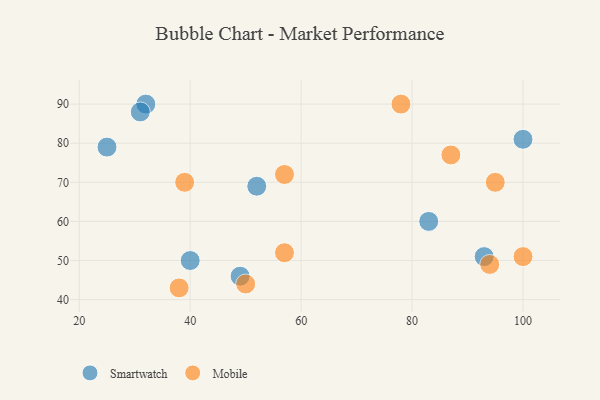
{"axis": {"x": "GDP", "y": "Life Expectancy"}, "legend": ["Mobile", "Smartwatch"], "data": [{"x": "100", "y": 81, "type": "Smartwatch"}, {"x": "32", "y": 90, "type": "Smartwatch"}, {"x": "25", "y": 79, "type": "Smartwatch"}, {"x": "40", "y": 50, "type": "Smartwatch"}, {"x": "93", "y": 51, "type": "Smartwatch"}, {"x": "52", "y": 69, "type": "Smartwatch"}, {"x": "83", "y": 60, "type": "Smartwatch"}, {"x": "49", "y": 46, "type": "Smartwatch"}, {"x": "31", "y": 88, "type": "Smartwatch"}, {"x": "57", "y": 52, "type": "Mobile"}, {"x": "38", "y": 43, "type": "Mobile"}, {"x": "78", "y": 90, "type": "Mobile"}, {"x": "57", "y": 72, "type": "Mobile"}, {"x": "100", "y": 51, "type": "Mobile"}, {"x": "95", "y": 70, "type": "Mobile"}, {"x": "50", "y": 44, "type": "Mobile"}, {"x": "94", "y": 49, "type": "Mobile"}, {"x": "39", "y": 70, "type": "Mobile"}, {"x": "87", "y": 77, "type": "Mobile"}]}